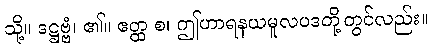
သို့။ ဒဋ္ဌဗ္ဗံ၊ ၏။ ဧတ္ထ စ၊ ဤဟာရနယမူလပဒတို့တွင်လည်း။